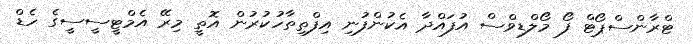
ޓްރާންސްޕޯޓް ފޯ މޯލްޑިވްސް އުފައްދާ އެކުންފުނި އިފްތިތާހުކުރުން އޮތީ މިރޭ އެމްޓީސީސީގެ ހެޑް